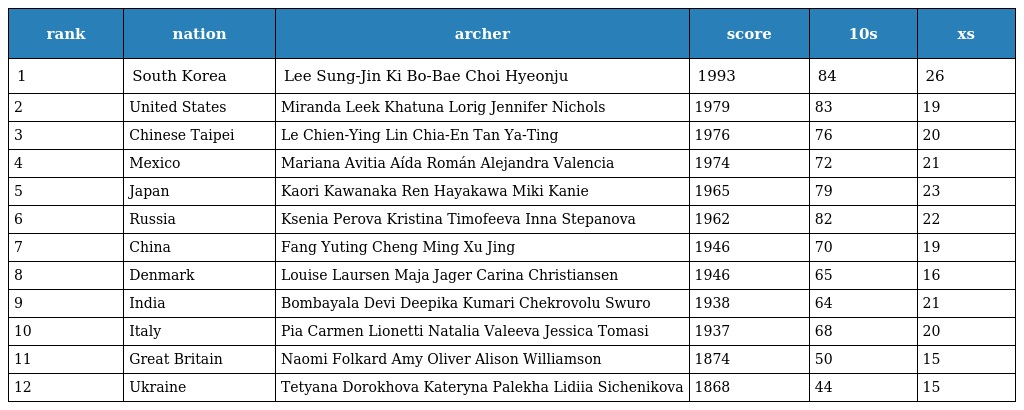
| rank | nation | archer | score | 10s | xs |
 | --- | --- | --- | --- | --- | --- |
 | 1 | South Korea | Lee Sung-Jin Ki Bo-Bae Choi Hyeonju | 1993 | 84 | 26 |
 | 2 | United States | Miranda Leek Khatuna Lorig Jennifer Nichols | 1979 | 83 | 19 |
 | 3 | Chinese Taipei | Le Chien-Ying Lin Chia-En Tan Ya-Ting | 1976 | 76 | 20 |
 | 4 | Mexico | Mariana Avitia Aída Román Alejandra Valencia | 1974 | 72 | 21 |
 | 5 | Japan | Kaori Kawanaka Ren Hayakawa Miki Kanie | 1965 | 79 | 23 |
 | 6 | Russia | Ksenia Perova Kristina Timofeeva Inna Stepanova | 1962 | 82 | 22 |
 | 7 | China | Fang Yuting Cheng Ming Xu Jing | 1946 | 70 | 19 |
 | 8 | Denmark | Louise Laursen Maja Jager Carina Christiansen | 1946 | 65 | 16 |
 | 9 | India | Bombayala Devi Deepika Kumari Chekrovolu Swuro | 1938 | 64 | 21 |
 | 10 | Italy | Pia Carmen Lionetti Natalia Valeeva Jessica Tomasi | 1937 | 68 | 20 |
 | 11 | Great Britain | Naomi Folkard Amy Oliver Alison Williamson | 1874 | 50 | 15 |
 | 12 | Ukraine | Tetyana Dorokhova Kateryna Palekha Lidiia Sichenikova | 1868 | 44 | 15 |